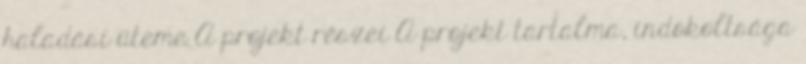
haladási üteme A projekt részei A projekt tartalma, indokoltsága